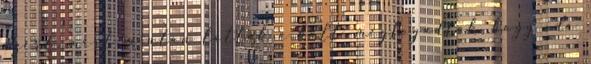
azért, mert miután látták a balt, megfogadták, hogy ide